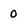
Character: 0